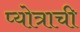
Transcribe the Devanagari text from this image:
प्योत्राची